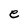
Character: e